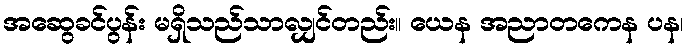
အဆွေခင်ပွန်း မရှိသည်သာလျှင်တည်း။ ယေန အညာတကေန ပန၊